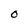
Character: 0